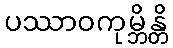
ပဿာဝကုမ္ဘိန္တိ